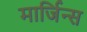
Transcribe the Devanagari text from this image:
मार्जिन्स